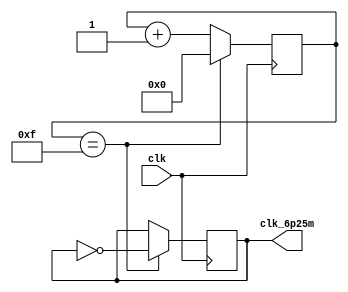
`timescale 1ns / 1ps

module clk6p25m(input clk, output reg clk_6p25m);
    reg [3:0] counter = 4'd0;

    always @(posedge clk) begin
        if (counter == 4'd15) begin
            counter <= 4'd0;
            clk_6p25m <= ~clk_6p25m;
        end else begin
            counter <= counter + 1;
        end
    end
endmodule